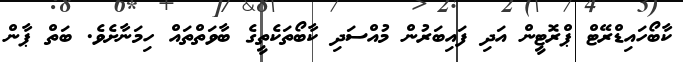
ކާބޯހައިޑްރޭޓް ޕްރޮޓީން އަދި ފައިބަރުން މުއްސަދި ކާބޯތަކެތީގެ ބާވަތްތައް ހިމަނާށެވެ. ބަތް ޕާން